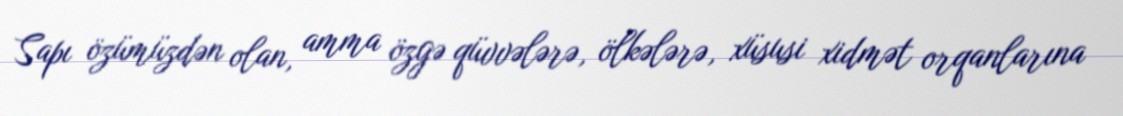
Sapı özümüzdən olan, amma özgə qüvvələrə, ölkələrə, xüsusi xidmət orqanlarına